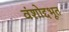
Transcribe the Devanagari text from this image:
वंशोद्दभूत